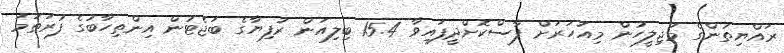
ރައްޔިތުންގެ މަޖިލީހުން މިއަހަރަށް ފާސްކޮށްދީފައިވާ 15.4 ބިލިއަން ރުފިޔާގެ ބަޖެޓުން އިންތިހާބުގެ ފުރަތަމަ